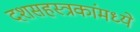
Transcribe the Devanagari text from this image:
दशसहस्त्रकांमध्ये